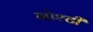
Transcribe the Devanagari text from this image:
गोश्टी